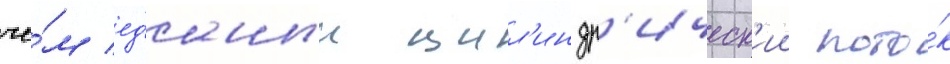
че́м ед'иныи цил'индр'ическ'ии пото́к